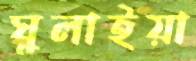
ঘুলাইয়া